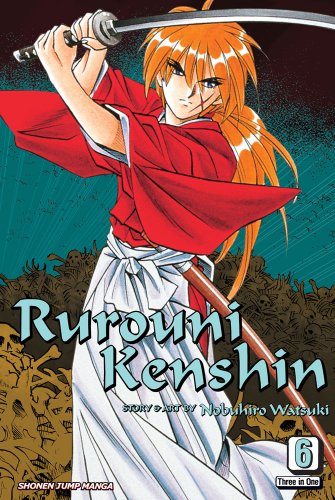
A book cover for Rurouni Kenshin, Vol. 6, Vizbig  Edition; Nobuhiro Watsuki; Comics & Graphic Novels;